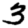
Digit: 3